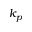
k _ { p }